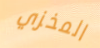
المخزي